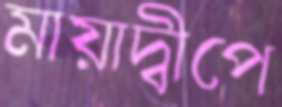
মায়াদ্বীপে